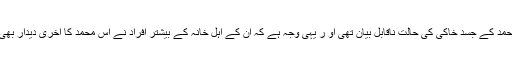
تاہم آس محمد کے جسد خاکی کی حالت ناقابل بیان تھی او ر یہی وجہ ہے کہ ان کے اہل خانہ کے بیشتر افراد نے آس محمد کا آخری دیدار بھی نہیں کیا۔